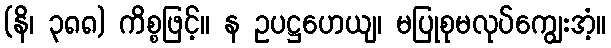
(နိ၊ ၃၈၈) ကိစ္စဖြင့်။ န ဥပဋ္ဌဟေယျ၊ မပြုစုမလုပ်ကျွေးအံ့။